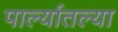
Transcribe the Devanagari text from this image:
पार्ल्यातल्या